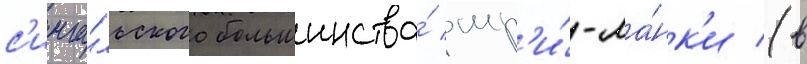
с'инга́льского большинства́ шр'и́-ла́нк'и (в